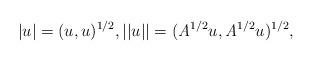
LaTeX: \begin{align*} |u|=(u,u)^{1/2} , ||u||=({\mathit{A}}^{1/2}u,{\mathit{A}}^{1/2}u)^{1/2},\end{align*}